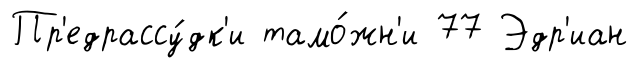
Пр'едрассу́дк'и тамо́жн'и 77 Эдр'иан